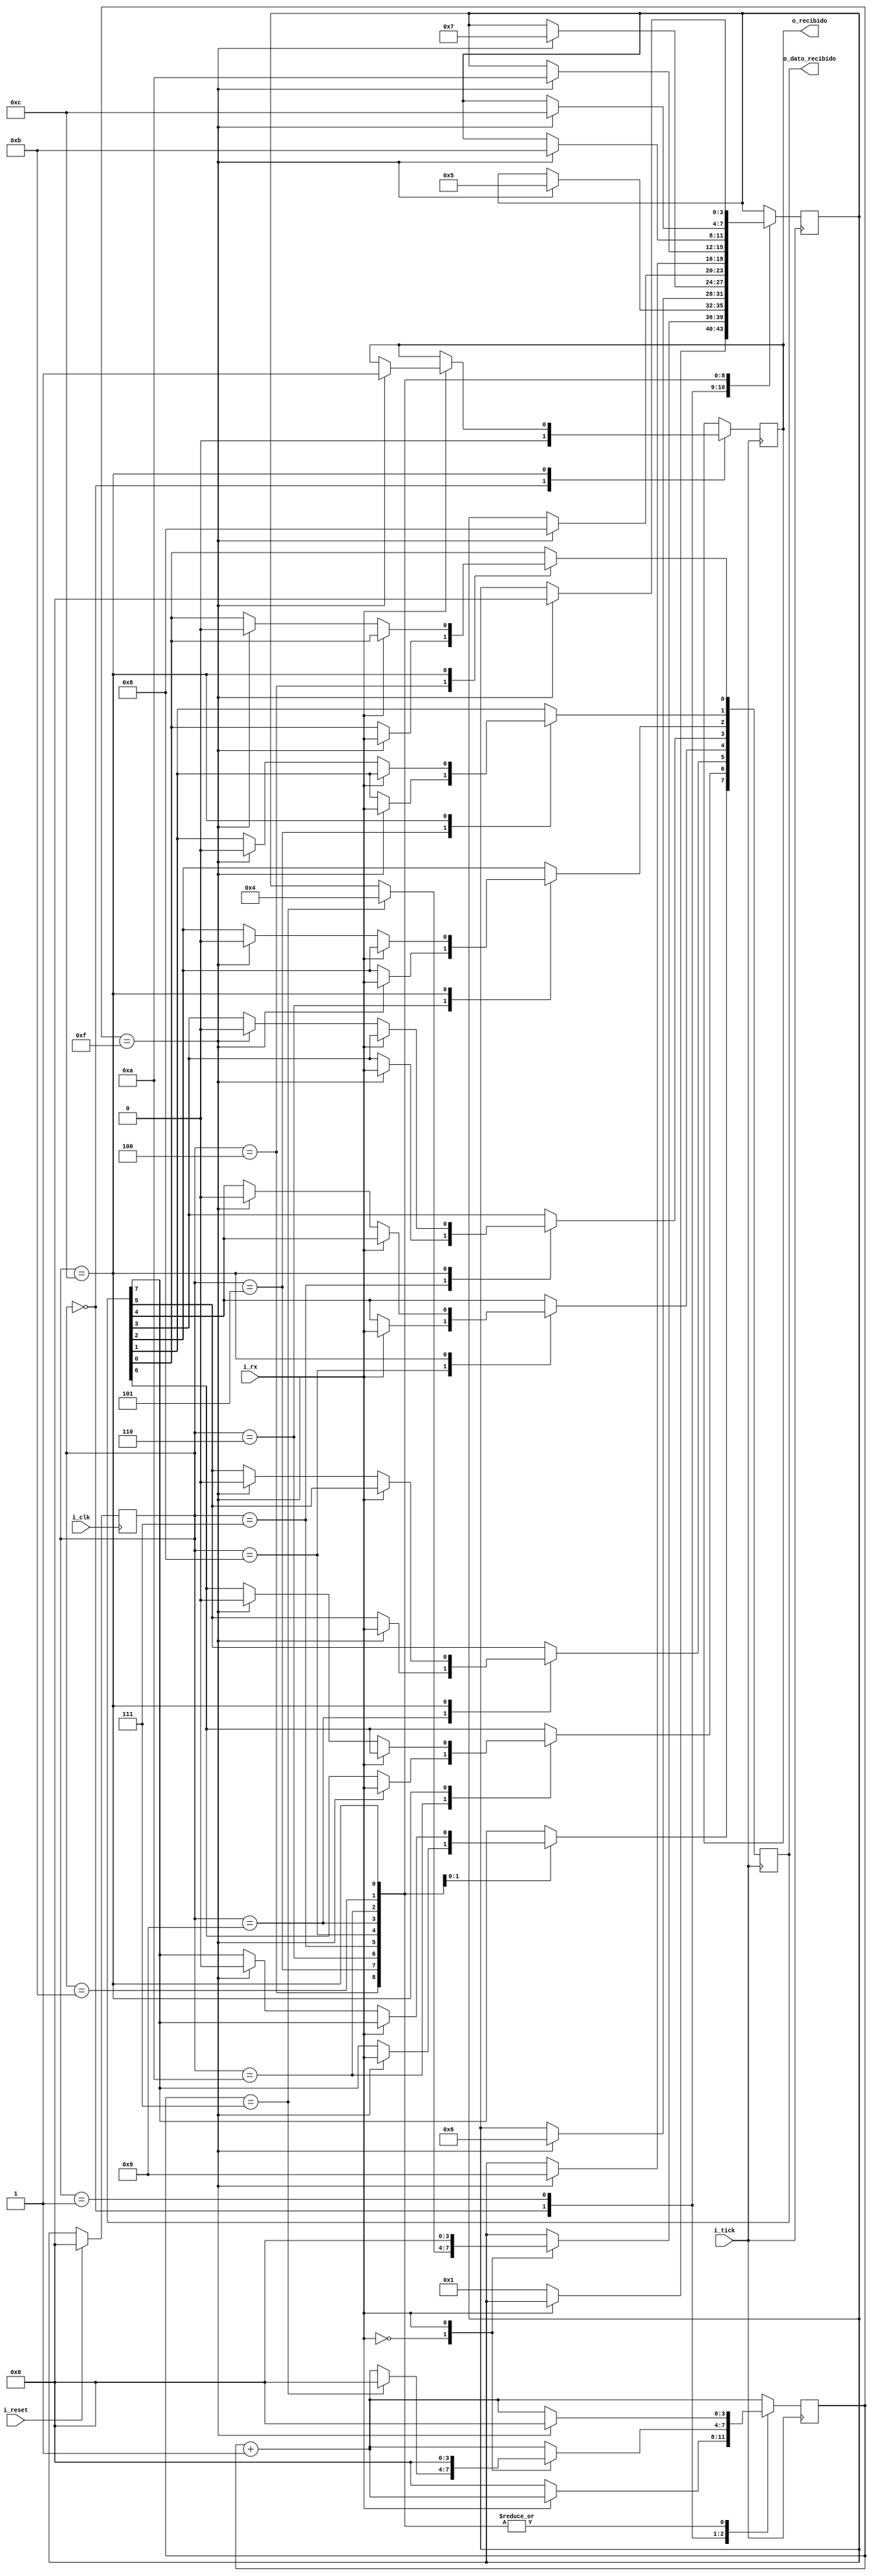
`timescale 1ns / 1ps
//////////////////////////////////////////////////////////////////////////////////
// Company: 
// Engineer: 
// 
// Design Name: 
// Module Name: RX
// Project Name: 
// Target Devices: 
// Tool Versions: 
// Description: 
// 
// Dependencies: 
// 
// Revision:
// Revision 0.01 - File Created
// Additional Comments:
// 
//////////////////////////////////////////////////////////////////////////////////


module RX(

    input i_clk,
    input i_tick,
    input i_rx,
    input i_reset,
    output [7 : 0] o_dato_recibido,
    output o_recibido
    );
          
    localparam IDDLE_STATE = 4'b0000;
    localparam WAITING_STATE = 4'b0001;
    localparam BIT0_STATE = 4'b0100;
    localparam BIT1_STATE = 4'b0101;
    localparam BIT2_STATE = 4'b0110;
    localparam BIT3_STATE = 4'b0111;
    localparam BIT4_STATE = 4'b1000;
    localparam BIT5_STATE = 4'b1001;
    localparam BIT6_STATE = 4'b1010;
    localparam BIT7_STATE = 4'b1011;
    localparam STOP_STATE = 4'b1100;
    
    reg [3 : 0] present_state = IDDLE_STATE;
    reg [3 : 0] next_state = IDDLE_STATE;
    reg [7 : 0] dato;
    reg [3 : 0] contador_ticks = 4'b0000;
    reg recibido = 1'b0;
    
    
    always @(posedge i_clk) //hay que ver que venga desde un alto y empiece con un flanco descendente
        begin
        //$display("dato: %d", dato);
            if(i_reset == 1)
                present_state <= IDDLE_STATE;
            else 
                present_state <= next_state;
        end
        
     always @(posedge i_tick)
     begin
        contador_ticks <= contador_ticks + 1;
        case(present_state)
            IDDLE_STATE:
            begin
                if(i_rx == 0)
                     begin
                         next_state <= WAITING_STATE;
                         contador_ticks <= 0;
                     end //hay que ver si tengo que resetear el dato para que el step no se rompa
                recibido <= 1'b0;
            end
            WAITING_STATE:
            
                case(i_rx)
                    0:
                        begin
                            if(contador_ticks == 7)
                                begin
                                    next_state <= BIT0_STATE;
                                    contador_ticks <= 0;                        
                                end
                        end
                     1: 
                        begin
                            next_state <= IDDLE_STATE;
                            contador_ticks <= 0;
                        end
                      default:
                        begin
                            next_state <= IDDLE_STATE;
                            contador_ticks <= 0;
                        end
                   endcase
                
            BIT0_STATE:
                begin
                    if(contador_ticks == 15)
                    begin
                        next_state <= BIT1_STATE;
                        dato[0] <= i_rx;
                        contador_ticks <= 0;
                       //  $display("00000000000 i_rx: %d", i_rx); 
                    end
                end
            
            BIT1_STATE:
                begin
                    if(contador_ticks == 15)
                    begin
                        next_state <= BIT2_STATE;
                        dato[1] <= i_rx;
                        contador_ticks <= 0;
                      //   $display("1111111111 i_rx: %d", i_rx);
                    end
                end
            BIT2_STATE:
                begin
                    if( contador_ticks == 15)
                    begin
                        next_state <= BIT3_STATE;
                        dato[2] <= i_rx;
                        contador_ticks <= 0;
                       //  $display("22222222222 i_rx: %d", i_rx); 
                    end
                end
            BIT3_STATE:
                begin 
                    if(contador_ticks == 15)
                    begin
                        next_state <= BIT4_STATE;
                        dato[3] <= i_rx;
                        contador_ticks <= 0;
                      //   $display("3333333333 i_rx: %d", i_rx); 
                    end
                end
            BIT4_STATE:
                begin
                    if(contador_ticks == 15)
                    begin
                        next_state <= BIT5_STATE;
                        dato[4] <= i_rx;
                        contador_ticks <= 0;
                        // $display("4444444444444 i_rx: %d", i_rx); 
                    end
                end
            BIT5_STATE:
                begin
                    if(contador_ticks == 15)
                    begin
                        next_state <= BIT6_STATE;
                        dato[5] <= i_rx;
                        contador_ticks <= 0;
                        // $display("555555555555 i_rx: %d", i_rx); 
                    end
                end
            BIT6_STATE:
                begin
                    if(contador_ticks == 15)
                    begin
                        next_state <= BIT7_STATE;
                        dato[6] <= i_rx;
                        contador_ticks <= 0;
                     //   $display("66666666666 i_rx: %d", i_rx); 
                    end
                end
            BIT7_STATE:
                begin
                    if(contador_ticks == 15)
                    begin
                        next_state <= STOP_STATE;
                        dato[7] <= i_rx;
                        contador_ticks <= 0;
                       // $display("777777777777777 i_rx: %d", i_rx); 
                    end
                end
            STOP_STATE:
            case(i_rx)
                1:
                    begin
                        if(contador_ticks == 15)
                            begin
                                next_state <= IDDLE_STATE;
                                contador_ticks <= 0;    
                                //$display("exitoo: %d", dato); 
                                recibido <= 1'b1;                
                            end
                    end
                 0: 
                    begin
                         if(contador_ticks == 15)
                         begin
                             //$display("es ceroooo el i_rx: %d", i_rx); 
                            dato[7 : 0] <= 8'b00000000;
                            next_state <= IDDLE_STATE;
                            contador_ticks <= 0;
                         end
                       
                    end
                  default:
                    begin
                        next_state <= IDDLE_STATE;
                        contador_ticks <= 0;
                    end
               endcase
            endcase
     end
    assign o_dato_recibido = dato;
    assign o_recibido = recibido;
        
    endmodule